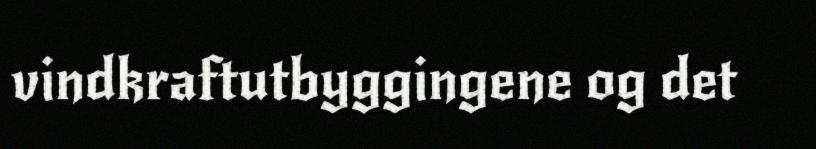
vindkraftutbyggingene og det